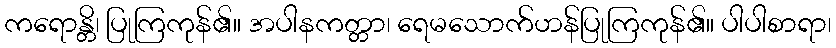
ကရောန္တိ၊ ပြုကြကုန်၏။ အပါနကတ္တာ၊ ရေမသောက်ဟန်ပြုကြကုန်၏။ ပါပါစာရာ၊